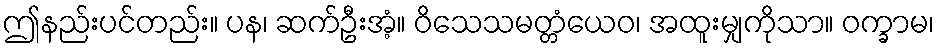
ဤနည်းပင်တည်း။ ပန၊ ဆက်ဦးအံ့။ ဝိသေသမတ္တံယေဝ၊ အထူးမျှကိုသာ။ ဝက္ခာမ၊